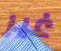
غير